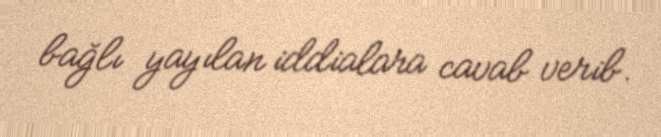
bağlı yayılan iddialara cavab verib.